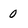
Character: 0